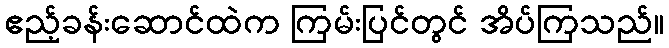
ဧည့်ခန်းဆောင်ထဲက ကြမ်းပြင်တွင် အိပ်ကြသည်။